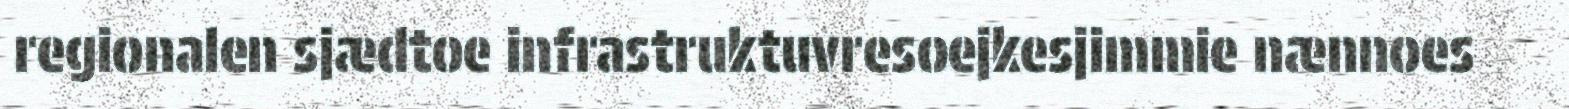
regionalen sjædtoe infrastruktuvresoejkesjimmie nænnoes